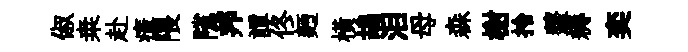
俶桒赴瘴隈隲邦譚佟麪橫鴣泪母森榭拎虀耨奕